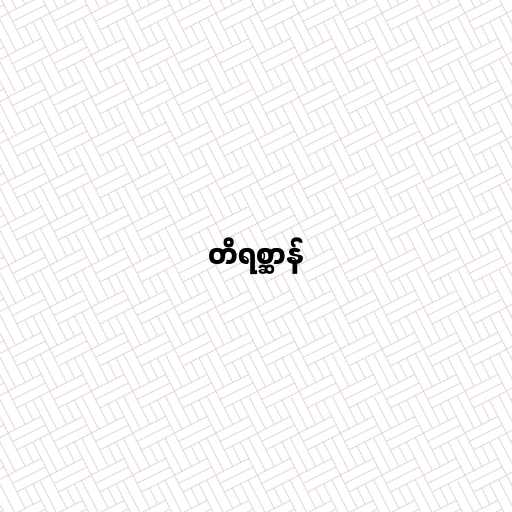
တိရစ္ဆာန်